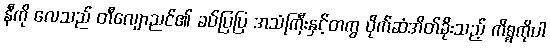
နီကို လေသည် တီလျောညင်၏ ခပ်ပြပြ အသံကြီးနှင့်တကွ ပိုက်ဆံအိတ်ခိုးသည့် ကိစ္စကိုပါ